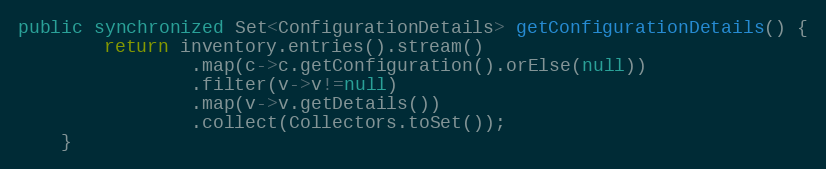
Language: Java
public synchronized Set<ConfigurationDetails> getConfigurationDetails() {
		return inventory.entries().stream()
				.map(c->c.getConfiguration().orElse(null))
				.filter(v->v!=null)
				.map(v->v.getDetails())
				.collect(Collectors.toSet());
	}